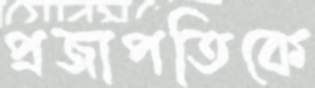
প্রজাপতিকে